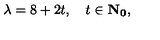
\lambda = 8 + 2 t , \quad t \in \bf { N } _ { 0 } ,